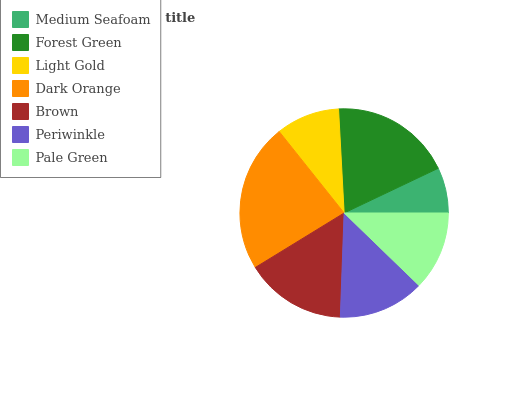
| Medium Seafoam | Forest Green | Light Gold | Dark Orange | Brown | Periwinkle | Pale Green |
 | --- | --- | --- | --- | --- | --- | --- |
 | 7.05% | 18.8% | 9.87% | 23.1% | 15.7% | 13.3% | 12.2% |